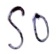
Text: S0